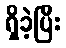
ရှိခဲ့ပြီး